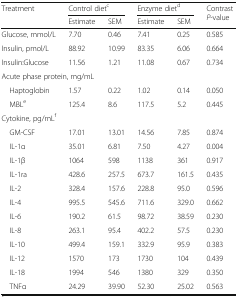
| <ROWSPAN=2> Treatment | <COLSPAN=2> Control dietc | <COLSPAN=2> Enzyme dietd | <ROWSPAN=2> Contrast P-value |
 | Estimate | SEM | Estimate | SEM |
 | --- | --- | --- | --- | --- | --- |
 | Glucose, mmol/L | 7.70 | 0.46 | 7.41 | 0.25 | 0.585 |
 | Insulin, pmol/L | 88.92 | 10.99 | 83.35 | 6.06 | 0.664 |
 | Insulin:Glucose | 11.56 | 1.21 | 11.08 | 0.67 | 0.734 |
 | <COLSPAN=6> Acute phase protein, mg/mL |
 | Haptoglobin | 1.57 | 0.22 | 1.02 | 0.14 | 0.050 |
 | MBLe | 125.4 | 8.6 | 117.5 | 5.2 | 0.445 |
 | <COLSPAN=6> Cytokine, pg/mLf |
 | GM-CSF | 17.01 | 13.01 | 14.56 | 7.85 | 0.874 |
 | IL-1α | 35.01 | 6.81 | 7.50 | 4.27 | 0.004 |
 | IL-1β | 1064 | 598 | 1138 | 361 | 0.917 |
 | IL-1ra | 428.6 | 257.5 | 673.7 | 161.5 | 0.435 |
 | IL-2 | 328.4 | 157.6 | 228.8 | 95.0 | 0.596 |
 | IL-4 | 995.5 | 545.6 | 711.6 | 329.0 | 0.662 |
 | IL-6 | 190.2 | 61.5 | 98.72 | 38.59 | 0.230 |
 | IL-8 | 263.1 | 95.4 | 402.2 | 57.5 | 0.230 |
 | IL-10 | 499.4 | 159.1 | 332.9 | 95.9 | 0.383 |
 | IL-12 | 1570 | 173 | 1730 | 104 | 0.439 |
 | IL-18 | 1994 | 546 | 1380 | 329 | 0.350 |
 | TNFα | 24.29 | 39.90 | 52.30 | 25.02 | 0.563 |